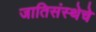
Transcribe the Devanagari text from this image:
जातिसंस्थेचे